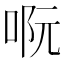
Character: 𠴉